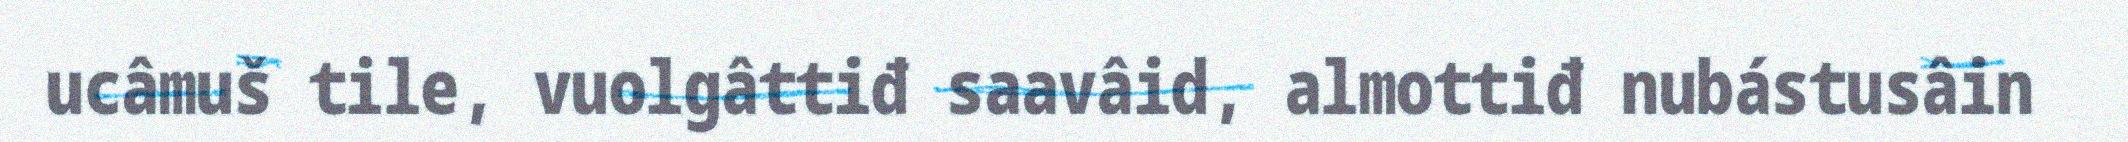
ucâmuš tile, vuolgâttiđ saavâid, almottiđ nubástusâin